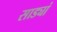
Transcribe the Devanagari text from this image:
साड्यां